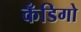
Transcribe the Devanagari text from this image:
कँडिगो